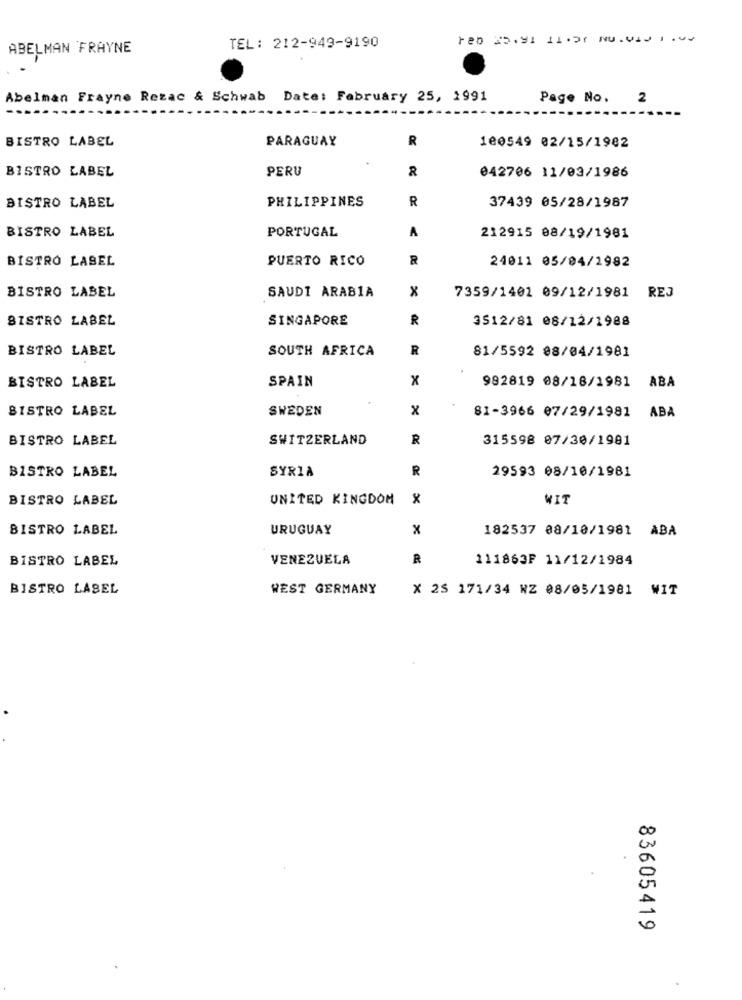
ABELMAN FRAYNE
TEL: 212-949-9190
Abelman Frayne Rezac & Schwab Date: February 25, 1991
Page No. 2
BISTRO LABEL
PARAGUAY
R
180549 02/15/1982
BISTRO LABEL
PERU
042706 11/03/1986
BISTRO LABEL
PHILIPPINES
R
37439 05/28/1987
BISTRO LABEL
PORTUGAL
A
212915 08/19/1981
BISTRO LASEL
PUERTO RICO
R
24011 05/04/1982
BISTRO LABEL
x
SAUDI ARABIA
7359/1401 09/12/1981 REJ
BISTRO LABEL
SINGAPORE
R
3512/81 08/12/1988
BISTRO LABEL
SOUTH AFRICA
R
81/5592 08/04/1981
BISTRO LABEL
SPAIN
x
992819 08/18/1981
ABA
BISTRO LABEL
SWEDEN
x
81-3966 07/29/1981 ABA
BISTRO LABEL
SWITZERLAND
R
315598 07/30/1901
BISTRO LABEL
SYRIA
R
29593 08/10/1981
BISTRO LABEL
UNITED KINGDOM
x
WIT
BISTRO LABEL
URUGUAY
x
182537 08/10/1981 ABA
BISTRO LABEL
VENEZUELA
R
111863F 11/12/1984
BISTRO LASEL
WEST GERMANY
X 25 171/34 WZ 08/05/1981 WIT
00
0
83605419